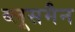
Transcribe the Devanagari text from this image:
ब्लूसमैन